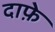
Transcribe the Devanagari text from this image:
दाफ़े